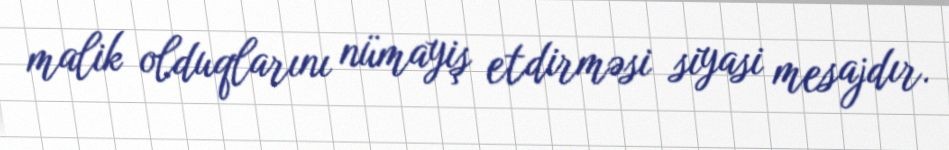
malik olduqlarını nümayiş etdirməsi siyasi mesajdır.